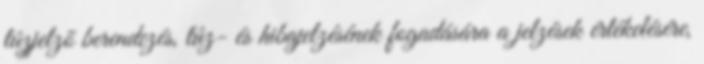
tûzjelzõ berendezés, tûz- és hibajelzésének fogadására a jelzések értékelésére,